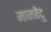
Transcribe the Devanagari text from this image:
मानबेंदु